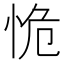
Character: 恑